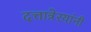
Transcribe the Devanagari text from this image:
दत्तात्रेरयांनी